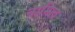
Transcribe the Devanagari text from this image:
नामित्व